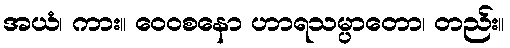
အယံ၊ ကား။ ဝေဝစနော ဟာရသမ္ပာတော၊ တည်း။